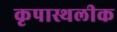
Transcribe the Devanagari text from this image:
कृपास्थलीक